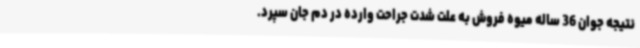
نتیجه جوان 36 ساله میوه فروش به علت شدت جراحت وارده در دم جان سپرد.